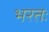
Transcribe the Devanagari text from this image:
भरतः